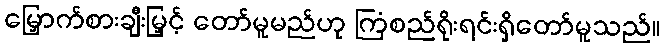
မြှောက်စားချီးမြှင့် တော်မူမည်ဟု ကြံစည်ရိုးရင်းရှိတော်မူသည်။